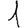
Digit: 1